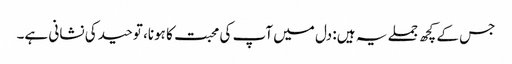
جس کے کچھ جملے یہ ہیں: دل میں آپ کی محبت کا ہونا، توحید کی نشانی ہے۔